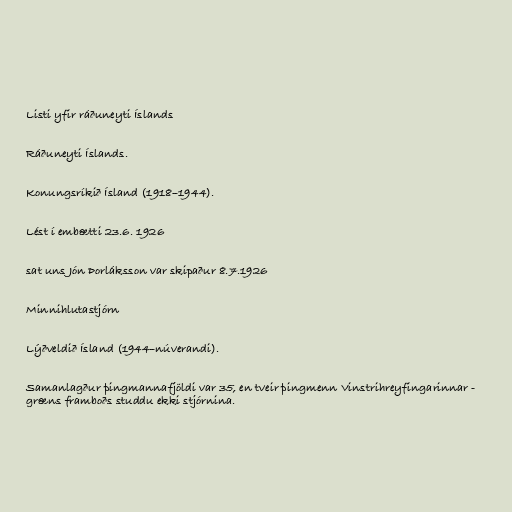
Listi yfir ráðuneyti Íslands

Ráðuneyti Íslands.

Konungsríkið Ísland (1918–1944).

Lést í embætti 23.6. 1926

sat uns Jón Þorláksson var skipaður 8.7.1926

Minnihlutastjórn

Lýðveldið Ísland (1944–núverandi).

Samanlagður þingmannafjöldi var 35, en tveir þingmenn Vinstrihreyfingarinnar -
græns framboðs studdu ekki stjórnina.